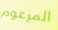
المزعوم